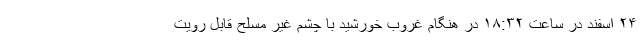
۲۴ اسفند در ساعت ۱۸:۳۲ در هنگام غروب خورشید با چشم غیر مسلح قابل رویت